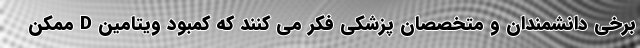
برخی دانشمندان و متخصصان پزشکی فکر می کنند که کمبود ویتامین D ممکن